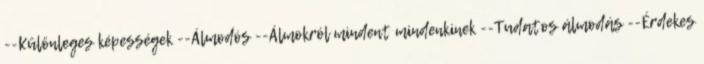
--Különleges képességek --Álmodós --Álmokról mindent mindenkinek --Tudatos álmodás --Érdekes